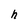
Character: h